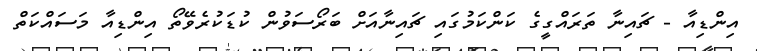
އިންޑިއާ - ޗައިނާ ތަރައްގީގެ ކަންކަމުގައި ޗައިނާއަށް ބަރޯސަވުން ކުޑަކުރެވޭތޯ އިންޑިއާ މަސައްކަތް